Theory and practice of anti-rabic immunisation - Number 30
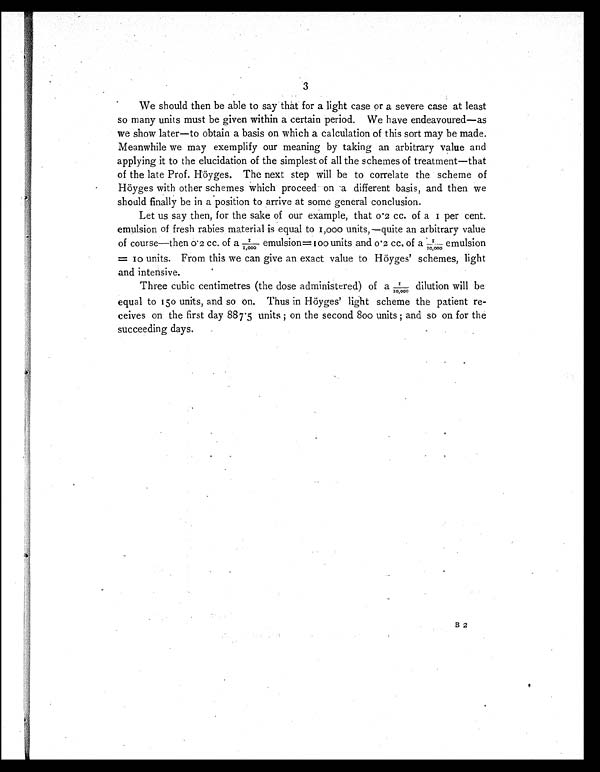
3
We should then be able to say that for a light case or a severe case at least
so many units must be given within a certain period. We have endeavoured—as
we show later—to obtain a basis on which a calculation of this sort may be made.
Meanwhile we may exemplify our meaning by taking an arbitrary value and
applying it to the elucidation of the simplest of all the schemes of treatment—that
of the late Prof. Höyges. The next step will be to correlate the scheme of
Höyges with other schemes which proceed on a different basis, and then we
should finally be in a position to arrive at some general conclusion.
Let us say then, for the sake of our example, that 0. 2 cc. of a 1 per cent.
emulsion of fresh rabies material is equal to 1,000 units,—quite an arbitrary value
of course—then 0. 2 cc. of a 1/1,000 emulsion= 100 units and 0.2 cc. of a 1/10,000 e m u l s i o n
= 10 units. From this we can give an exact value to Höyges' schemes, light
and intensive.
Three cubic centimetres (the dose administered) of a 1/1 0 , 0 0 0d
i l u t i o n w i l l b e
equal to 150 units, and so on. Thus in Höyges' light scheme the patient re-
ceives on the first day 887.5 units ; on the second 800 units ; and so on for the
succeeding days.
B 2